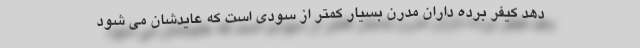
دهد کیفر برده داران مدرن بسیار کمتر از سودی است که عایدشان می شود